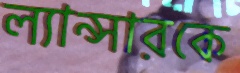
ল্যান্সারকে